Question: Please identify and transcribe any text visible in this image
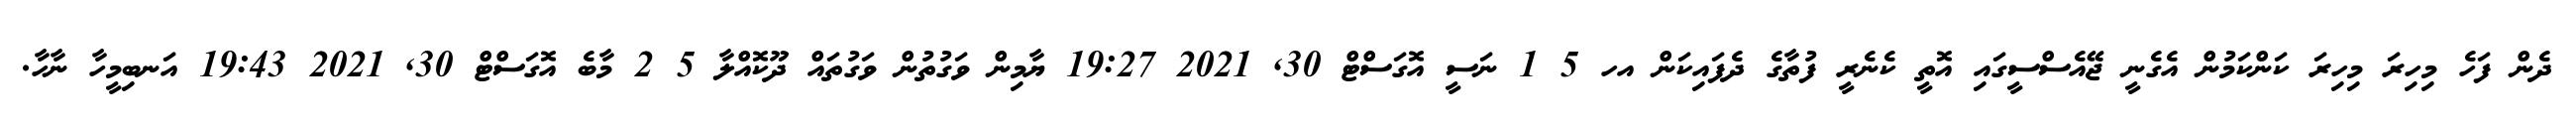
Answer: ދެން ފަހެ މިހިރަ މިހިރަ ކަންކަމުން އެގެނީ ޖޭއެސްސީގައި އޮތީ ކެނެރީ ފުތާގެ ދެފައިކަން އހ 5 1 ނަސީ އޮގަސްޓް 30, 2021 19:27 ޔާމިން ވަގުތުން ވަގުތައް ދޫކޮއްލާ 5 2 މާބެ އޮގަސްޓް 30, 2021 19:43 އަނބިމީހާ ނާހާ.